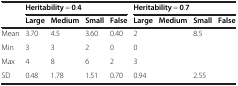
<table><thead><tr><td>[EMPTY_CELL]</td><td colspan="4"><b>Heritability = 0.4</b></td><td colspan="4"><b>Heritability = 0.7</b></td></tr><tr><td>[EMPTY_CELL]</td><td><b>Large</b></td><td><b>Medium</b></td><td><b>Small</b></td><td><b>False</b></td><td><b>Large</b></td><td><b>Medium</b></td><td><b>Small</b></td><td><b>False</b></td></tr></thead><tbody><tr><td>Mean</td><td>3.70</td><td>4.5</td><td>3.60</td><td>0.40</td><td>2</td><td>[EMPTY_CELL]</td><td>8.5</td><td>[EMPTY_CELL]</td></tr><tr><td>Min</td><td>3</td><td>3</td><td>2</td><td>0</td><td>0</td><td>[EMPTY_CELL]</td><td>[EMPTY_CELL]</td><td>[EMPTY_CELL]</td></tr><tr><td>Max</td><td>4</td><td>8</td><td>6</td><td>2</td><td>3</td><td>[EMPTY_CELL]</td><td>[EMPTY_CELL]</td><td>[EMPTY_CELL]</td></tr><tr><td>SD</td><td>0.48</td><td>1.78</td><td>1.51</td><td>0.70</td><td>0.94</td><td>[EMPTY_CELL]</td><td>2.55</td><td>[EMPTY_CELL]</td></tr></tbody></table>